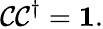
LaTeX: {\mathcal{C}}{\mathcal{C}}^{\dagger}=\mathbf{1}.